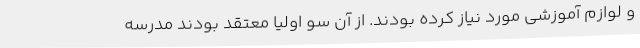
و لوازم آموزشی مورد نیاز کرده بودند. از آن سو اولیا معتقد بودند مدرسه